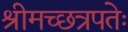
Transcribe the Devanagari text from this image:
श्रीमच्छत्रपतेः